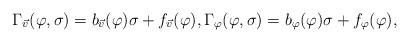
LaTeX: \begin{align*}\Gamma_{\vec{v}}(\varphi, \sigma) = b_{\vec{v}}(\varphi) \sigma + f_{\vec{v}}(\varphi), \Gamma_{\varphi}(\varphi, \sigma) = b_{\varphi}(\varphi) \sigma + f_{\varphi}(\varphi),\end{align*}